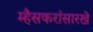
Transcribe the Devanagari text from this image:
म्हैसकरांसारखे